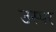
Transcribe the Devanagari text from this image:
उस्पर